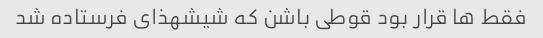
فقط ها قرار بود قوطی باشن که شیشهذای فرستاده شد